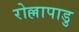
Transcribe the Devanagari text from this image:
रोल्लापाडु